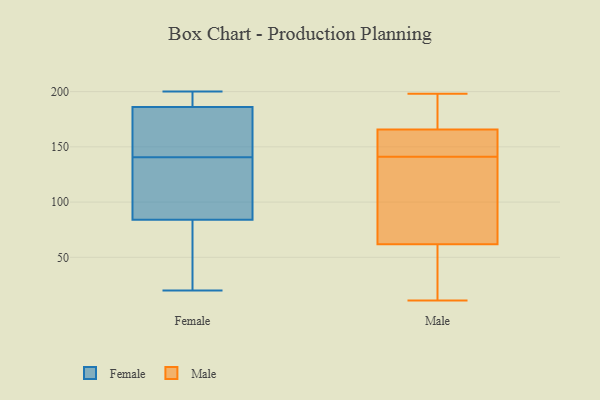
{"axis": {"x": "Conversion Rate (%)", "y": "Value"}, "legend": ["Female", "Male"], "data": [{"x": "", "y": 181, "type": "Female"}, {"x": "", "y": 131, "type": "Female"}, {"x": "", "y": 99, "type": "Female"}, {"x": "", "y": 150, "type": "Female"}, {"x": "", "y": 175, "type": "Female"}, {"x": "", "y": 157, "type": "Female"}, {"x": "", "y": 195, "type": "Female"}, {"x": "", "y": 194, "type": "Female"}, {"x": "", "y": 84, "type": "Female"}, {"x": "", "y": 62, "type": "Female"}, {"x": "", "y": 186, "type": "Female"}, {"x": "", "y": 130, "type": "Female"}, {"x": "", "y": 66, "type": "Female"}, {"x": "", "y": 20, "type": "Female"}, {"x": "", "y": 195, "type": "Female"}, {"x": "", "y": 95, "type": "Female"}, {"x": "", "y": 200, "type": "Female"}, {"x": "", "y": 37, "type": "Female"}, {"x": "", "y": 171, "type": "Male"}, {"x": "", "y": 117, "type": "Male"}, {"x": "", "y": 145, "type": "Male"}, {"x": "", "y": 142, "type": "Male"}, {"x": "", "y": 169, "type": "Male"}, {"x": "", "y": 79, "type": "Male"}, {"x": "", "y": 56, "type": "Male"}, {"x": "", "y": 198, "type": "Male"}, {"x": "", "y": 11, "type": "Male"}, {"x": "", "y": 26, "type": "Male"}, {"x": "", "y": 119, "type": "Male"}, {"x": "", "y": 141, "type": "Male"}, {"x": "", "y": 156, "type": "Male"}, {"x": "", "y": 185, "type": "Male"}, {"x": "", "y": 13, "type": "Male"}]}